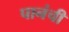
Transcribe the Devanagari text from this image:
पानंची